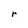
Character: r